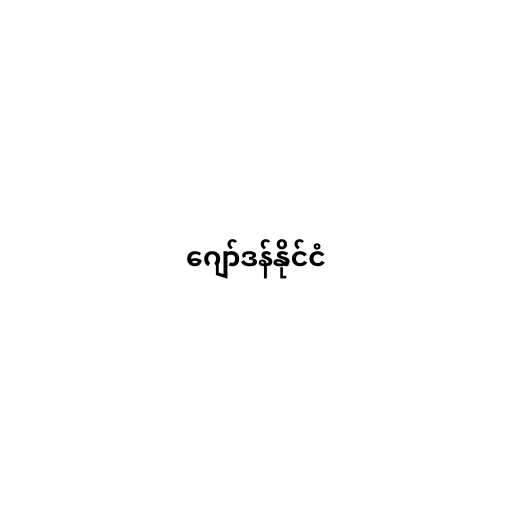
ဂျော်ဒန်နိုင်ငံ